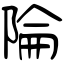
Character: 陯